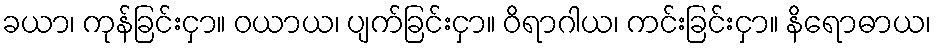
ခယာ၊ ကုန်ခြင်းငှာ။ ဝယာယ၊ ပျက်ခြင်းငှာ။ ဝိရာဂါယ၊ ကင်းခြင်းငှာ။ နိရောဓာယ၊